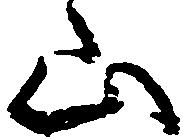
山